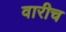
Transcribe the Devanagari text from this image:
वारीच